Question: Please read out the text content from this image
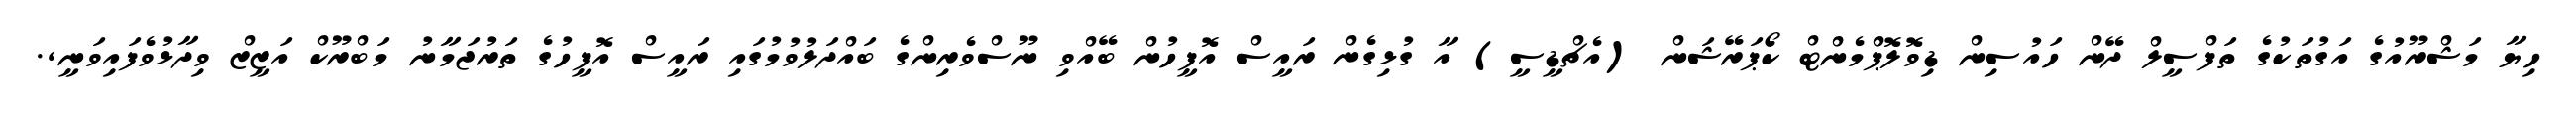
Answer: ހިޔާ މަޝްރޫއުގެ އަގުތަކުގެ ތަފްސީލް ދޭން ހައުސިން ޑިވޮލޮޕްމެންޓް ކޯޕަރޭޝަން (އެޗްޑީސީ) އާ ގުޅިގެން ރައީސް އޮފީހުން ބޭއްވި ނޫސްވެރިންގެ ބައްދަލުވުމުގައި ރައީސް އޮފީހުގެ ތަރުޖަމާނު މަބްރޫކް އަޒީޒް ވިދާޅުވެފައިވަނީ,.